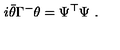
i \bar { \theta } \Gamma ^ { - } \theta = \Psi ^ { \top } \Psi \ .